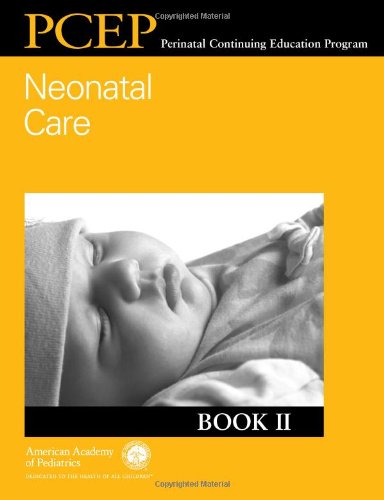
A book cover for Neonatal Care (Book 2); John Kattwinkel MD  FAAP; Medical Books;